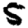
Digit: 5